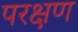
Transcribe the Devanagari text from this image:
परक्षण